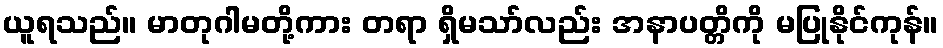
ယူရသည်။ မာတုဂါမတို့ကား တရာ ရှိမသာ်လည်း အနာပတ္တိကို မပြုနိုင်ကုန်။